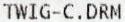
TWIG-C.DRM